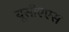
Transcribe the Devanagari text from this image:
यूसीएएस